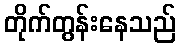
တိုက်တွန်းနေသည်